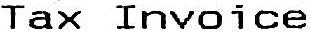
TAX INVOICE